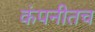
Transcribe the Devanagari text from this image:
कंपनीतच